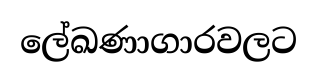
ලේඛණාගාරවලට